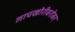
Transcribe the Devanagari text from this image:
लाचखोरीबरोबर